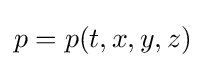
p=p(t,x,y,z)\;